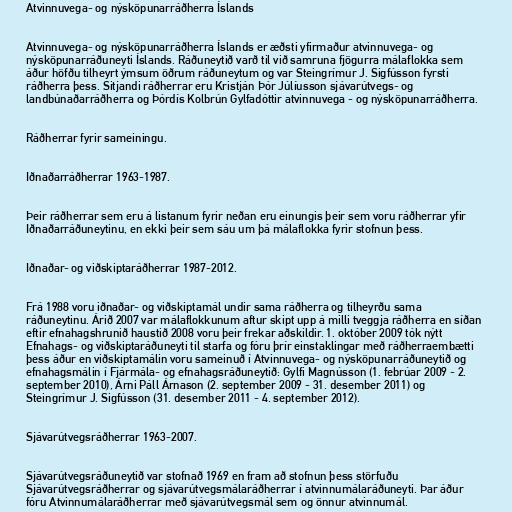
Atvinnuvega- og nýsköpunarráðherra Íslands

Atvinnuvega- og nýsköpunarráðherra Íslands er æðsti yfirmaður atvinnuvega- og
nýsköpunarráðuneyti Íslands. Ráðuneytið varð til við samruna fjögurra málaflokka sem
áður höfðu tilheyrt ýmsum öðrum ráðuneytum og var Steingrímur J. Sigfússon fyrsti
ráðherra þess. Sitjandi ráðherrar eru Kristján Þór Júlíusson sjávarútvegs- og
landbúnaðarráðherra og Þórdís Kolbrún Gylfadóttir atvinnuvega - og nýsköpunarráðherra.

Ráðherrar fyrir sameiningu.

Iðnaðarráðherrar 1963-1987.

Þeir ráðherrar sem eru á listanum fyrir neðan eru einungis þeir sem voru ráðherrar yfir
Iðnaðarráðuneytinu, en ekki þeir sem sáu um þá málaflokka fyrir stofnun þess.

Iðnaðar- og viðskiptaráðherrar 1987-2012.

Frá 1988 voru iðnaðar- og viðskiptamál undir sama ráðherra og tilheyrðu sama
ráðuneytinu. Árið 2007 var málaflokkunum aftur skipt upp á milli tveggja ráðherra en síðan
eftir efnahagshrunið haustið 2008 voru þeir frekar aðskildir. 1. október 2009 tók nýtt
Efnahags- og viðskiptaráðuneyti til starfa og fóru þrír einstaklingar með ráðherraembætti
þess áður en viðskiptamálin voru sameinuð í Atvinnuvega- og nýsköpunarráðuneytið og
efnahagsmálin í Fjármála- og efnahagsráðuneytið: Gylfi Magnússon (1. febrúar 2009 - 2.
september 2010), Árni Páll Árnason (2. september 2009 - 31. desember 2011) og
Steingrímur J. Sigfússon (31. desember 2011 - 4. september 2012).

Sjávarútvegsráðherrar 1963-2007.

Sjávarútvegsráðuneytið var stofnað 1969 en fram að stofnun þess störfuðu
Sjávarútvegsráðherrar og sjávarútvegsmálaráðherrar í atvinnumálaráðuneyti. Þar áður
fóru Atvinnumálaráðherrar með sjávarútvegsmál sem og önnur atvinnumál.